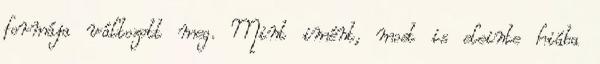
formája változott meg. Mint imént, most is eleinte hiába